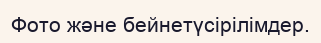
Фото және бейнетүсірілімдер.